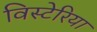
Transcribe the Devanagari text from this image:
विस्टेरिया